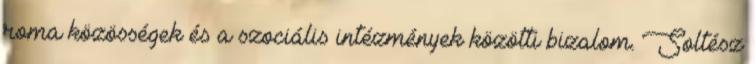
roma közösségek és a szociális intézmények közötti bizalom. Soltész